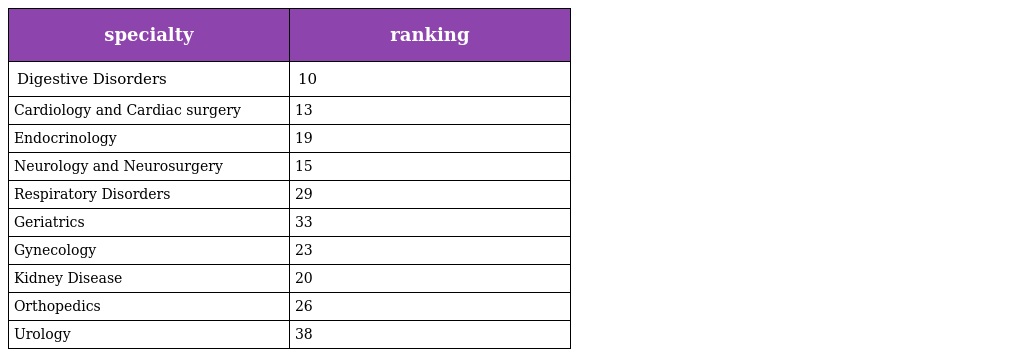
| specialty | ranking |
 | --- | --- |
 | Digestive Disorders | 10 |
 | Cardiology and Cardiac surgery | 13 |
 | Endocrinology | 19 |
 | Neurology and Neurosurgery | 15 |
 | Respiratory Disorders | 29 |
 | Geriatrics | 33 |
 | Gynecology | 23 |
 | Kidney Disease | 20 |
 | Orthopedics | 26 |
 | Urology | 38 |